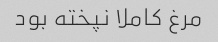
مرغ کاملا نپخته بود